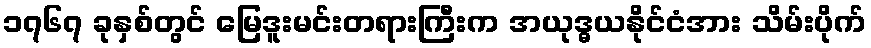
၁၇၆၇ ခုနှစ်တွင် မြေဒူးမင်းတရားကြီးက အယုဒ္ဓယနိုင်ငံအား သိမ်းပိုက်